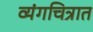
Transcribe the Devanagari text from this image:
व्यंगचित्रात